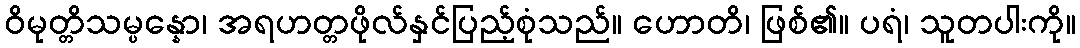
ဝိမုတ္တိသမ္ပန္နော၊ အရဟတ္တဖိုလ်နှင်ပြည့်စုံသည်။ ဟောတိ၊ ဖြစ်၏။ ပရံ၊ သူတပါးကို။